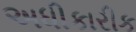
અધીકારીક